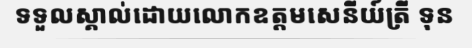
ទទួលស្គាល់ដោយលោកឧត្តមសេនីយ៍ត្រី ទុន